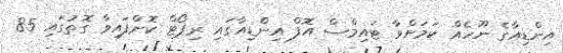
އިންޑިއާގެ ނޫހެއް ކަމަށްވާ ޓައިމްސް އޮފް އިންޑިއާގައި ރިޕޯޓް ކޮށްފައިވާ ގޮތުގައި 85